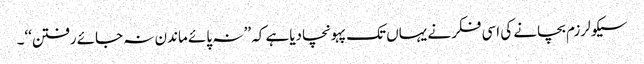
سیکولرزم بچانے کی اسی فکرنے یہاں تک پہونچادیاہے کہ ’’ نہ پائے ماندن نہ جائے رفتن‘‘۔